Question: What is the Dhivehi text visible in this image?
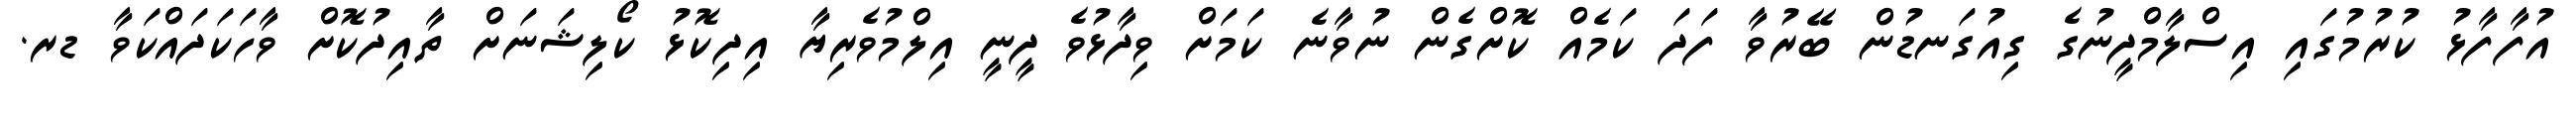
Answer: އުފާފާޅު ކުރުމުގައި އިސްލާމްދީނުގެ ގިއުގަނޑުން ބޭރުވާ ފަދަ ކަމެއް ކޮށްގެން ނުވާނެ ކަމަށް ވިދާޅުވެ ދީނީ އިލްމުވެރިޔާ އިދިކޮޅު ކޯލިޝަނަށް ތާއިދުކޮށް ވާހަކަދައްކަވާ ޑރ.